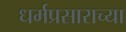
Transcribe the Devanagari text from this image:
धर्मप्रसाराच्या